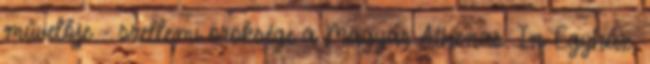
művelője - szellemi öröksége a Magyar Athenas. In Egyház,